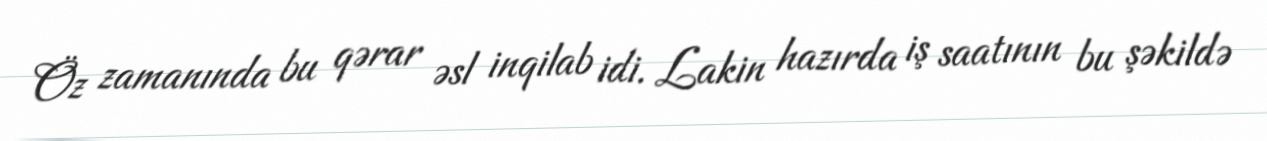
Öz zamanında bu qərar əsl inqilab idi. Lakin hazırda iş saatının bu şəkildə